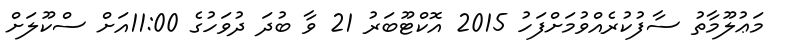
މަޢުލޫމާތު ސާފުކުރެއްވުމަށްފަހު 2015 އޮކްޓޫބަރު 21 ވާ ބުދަ ދުވަހުގެ 11:00އަށް ސްކޫލަށް